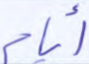
أيام